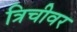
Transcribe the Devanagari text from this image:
त्रिचीवर